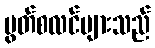
မွတ်စလင်များသည်